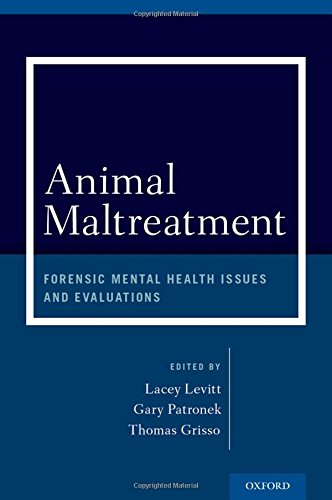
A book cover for Animal Maltreatment: Forensic Mental Health Issues and Evaluations; Medical Books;